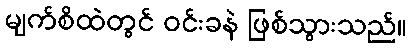
မျက်စိထဲတွင် ဝင်းခနဲ ဖြစ်သွားသည်။